Report of an investigation into the causes of malaria in Bombay and the measures necessary for its control
Disease focus: Malaria
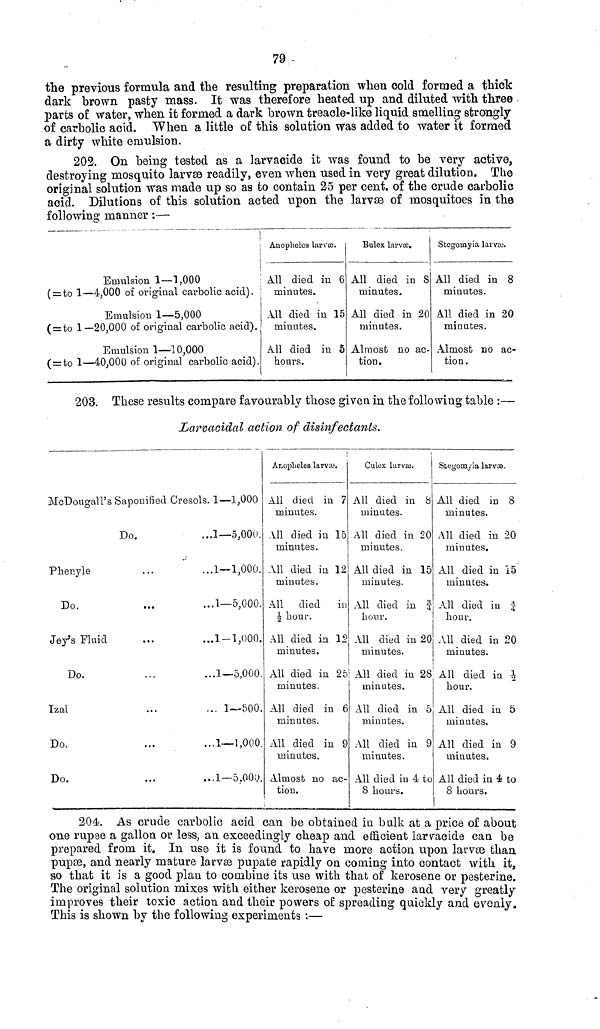
79
the previous formula and the resulting preparation when cold formed a thick
dark brown pasty mass. It was therefore heated up and diluted with three
parts of water, when it formed a dark brown treacle-like liquid smelling strongly
of carbolic acid. When a little of this solution was added to water it formed
a dirty white emulsion.
202. On being tested as a larvacide it was found to be very active,
destroying mosquito larvæ readily, even when used in very great dilution. The
original solution was made up so as to contain 25 per cent. of the crude carbolic
acid. Dilutions of this solution acted upon the larvæ of mosquitoes in the
following manner :—
Emulsion 1—1,000
( = to 1—4,000 of original carbolic acid).
Emulsion 1—5,000
(=to 1—20,000 of original carbolic acid).
Emulsion 1—10,000
( = to 1—40,000 of original carbolic acid).
Anopheles larvœ.
All died in 6
minutes.
All died in 15
minutes.
All died in 5
horn's.
Bulex larvœ.
All died in S
minutes,
All died in 20
minutes.
Almost no ac-
tion.
Stegomyia larvæ.
All died in 8
minutes.
All died in 20
minutes.
Almost no ac-
tion.
203. These results compare favourably those given in the following table :—
Larvacidal action of disinfectants.
McDougall's Saponified Cresols. 1—1,000
Do...1—5,000.
Phenyle
..1—1,000.
Do.
..1—5,000.
Jey's Fluid
..1-1,000.
Do.
..1—5,000.
Izal
. 1—500.
Do.
..1—1,000.
Do.
..1—5.000.
Anopheles larvœ.
All died in 7
minutes.
All died in 15
minutes.
All died in 12
minutes.
All died in
1/2 hour.
All died in 12
minutes.
All died in 25
minutes.
All died in 6
minutes.
All died in 9
minutes.
Almost no ac-
tion.
:
Culex larvæ.
All died in 8
minutes.
All died in 20
minutes.
All died in 15
minutes.
All died in 3/4
hour.
All died in 20
minutes.
All died in 28
minutes.
All died in 5
minutes.
All died in 9
minutes.
All died in 4 to
8 hours.
Stegomyia larvœ.
All died in 8
minutes.
All died in 20
minutes.
All died in 15
minutes.
All died in 3/4
hour.
All died in 20
minutes.
All died in 1/2
hour.
All died in 5
minutes.
All died in 9
minutes.
All died in 4 to
8 hours.
204. As crude carbolic acid can be obtained in bulk at a price of about
one rupee a gallon or less, an exceedingly cheap and efficient larvacide can be
prepared from it. In use it is found to have more action upon larvæ than
pupae, and nearly mature larvæ pupate rapidly on coming into contact with it,
so that it is a good plan to combine its use with that of kerosene or pesterine.
The original solution mixes with either kerosene or pesterine and very greatly
improves their toxic action and their powers of spreading quickly and evenly.
This is shown by the following experiments :—